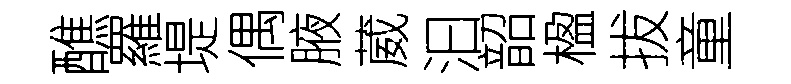
醮羅堤偶腋葳汩韶楹拔童